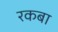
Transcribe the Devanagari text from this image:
रकबा